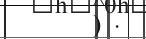
) .